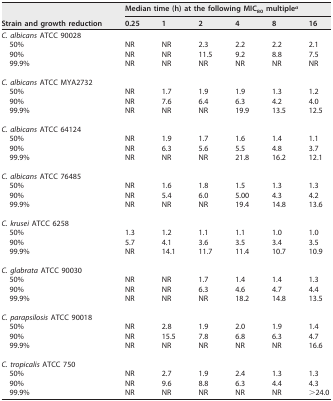
<table><thead><tr><td rowspan="2"><b>Strain and growth reduction</b></td><td colspan="6"><b>Median time (h) at the following MIC<sub>80</sub> multiple<sup><i>a</i></sup></b></td></tr><tr><td><b>0.25</b></td><td><b>1</b></td><td><b>2</b></td><td><b>4</b></td><td><b>8</b></td><td><b>16</b></td></tr></thead><tbody><tr><td>C. albicans ATCC 90028</td><td></td><td></td><td></td><td></td><td></td><td></td></tr><tr><td>50%</td><td>NR</td><td>NR</td><td>2.3</td><td>2.2</td><td>2.2</td><td>2.1</td></tr><tr><td>90%</td><td>NR</td><td>NR</td><td>11.5</td><td>9.2</td><td>8.8</td><td>7.5</td></tr><tr><td>99.9%</td><td>NR</td><td>NR</td><td>NR</td><td>NR</td><td>NR</td><td>NR</td></tr><tr><td>C. albicans ATCC MYA2732</td><td></td><td></td><td></td><td></td><td></td><td></td></tr><tr><td>50%</td><td>NR</td><td>1.7</td><td>1.9</td><td>1.9</td><td>1.3</td><td>1.2</td></tr><tr><td>90%</td><td>NR</td><td>7.6</td><td>6.4</td><td>6.3</td><td>4.2</td><td>4.0</td></tr><tr><td>99.9%</td><td>NR</td><td>NR</td><td>NR</td><td>19.9</td><td>13.5</td><td>12.5</td></tr><tr><td>C. albicans ATCC 64124</td><td></td><td></td><td></td><td></td><td></td><td></td></tr><tr><td>50%</td><td>NR</td><td>1.9</td><td>1.7</td><td>1.6</td><td>1.4</td><td>1.1</td></tr><tr><td>90%</td><td>NR</td><td>6.3</td><td>5.6</td><td>5.5</td><td>4.8</td><td>3.7</td></tr><tr><td>99.9%</td><td>NR</td><td>NR</td><td>NR</td><td>21.8</td><td>16.2</td><td>12.1</td></tr><tr><td>C. albicans ATCC 76485</td><td></td><td></td><td></td><td></td><td></td><td></td></tr><tr><td>50%</td><td>NR</td><td>1.6</td><td>1.8</td><td>1.5</td><td>1.3</td><td>1.3</td></tr><tr><td>90%</td><td>NR</td><td>5.4</td><td>6.0</td><td>5.00</td><td>4.3</td><td>4.2</td></tr><tr><td>99.9%</td><td>NR</td><td>NR</td><td>NR</td><td>19.4</td><td>14.8</td><td>13.6</td></tr><tr><td>C. krusei ATCC 6258</td><td></td><td></td><td></td><td></td><td></td><td></td></tr><tr><td>50%</td><td>1.3</td><td>1.2</td><td>1.1</td><td>1.1</td><td>1.0</td><td>1.0</td></tr><tr><td>90%</td><td>5.7</td><td>4.1</td><td>3.6</td><td>3.5</td><td>3.4</td><td>3.5</td></tr><tr><td>99.9%</td><td>NR</td><td>14.1</td><td>11.7</td><td>11.4</td><td>10.7</td><td>10.9</td></tr><tr><td>C. glabrata ATCC 90030</td><td></td><td></td><td></td><td></td><td></td><td></td></tr><tr><td>50%</td><td>NR</td><td>NR</td><td>1.7</td><td>1.4</td><td>1.4</td><td>1.3</td></tr><tr><td>90%</td><td>NR</td><td>NR</td><td>6.3</td><td>4.6</td><td>4.7</td><td>4.4</td></tr><tr><td>99.9%</td><td>NR</td><td>NR</td><td>NR</td><td>18.2</td><td>14.8</td><td>13.5</td></tr><tr><td>C. parapsilosis ATCC 90018</td><td></td><td></td><td></td><td></td><td></td><td></td></tr><tr><td>50%</td><td>NR</td><td>2.8</td><td>1.9</td><td>2.0</td><td>1.9</td><td>1.4</td></tr><tr><td>90%</td><td>NR</td><td>15.5</td><td>7.8</td><td>6.8</td><td>6.3</td><td>4.7</td></tr><tr><td>99.9%</td><td>NR</td><td>NR</td><td>NR</td><td>NR</td><td>NR</td><td>16.6</td></tr><tr><td>C. tropicalis ATCC 750</td><td></td><td></td><td></td><td></td><td></td><td></td></tr><tr><td>50%</td><td>NR</td><td>2.7</td><td>1.9</td><td>2.4</td><td>1.3</td><td>1.3</td></tr><tr><td>90%</td><td>NR</td><td>9.6</td><td>8.8</td><td>6.3</td><td>4.4</td><td>4.3</td></tr><tr><td>99.9%</td><td>NR</td><td>NR</td><td>NR</td><td>NR</td><td>NR</td><td>&gt;24.0</td></tr></tbody></table>